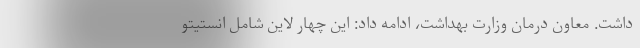
داشت. معاون درمان وزارت بهداشت، ادامه داد: این چهار لاین شامل انستیتو